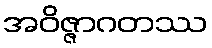
အဝိဇ္ဇာဂတဿ